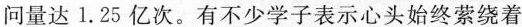
问量达l。25亿次。有不少学子表示心头始终萦绕着